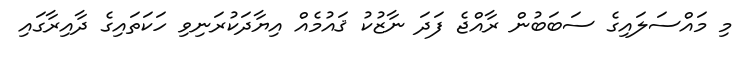
މި މައްސަލައިގެ ސަބަބުން ރާއްޖެ ފަދަ ނާޒުކު ޤައުމެއް އިޔާދަކުރަނިވި ހަކަތައިގެ ދާއިރާގައި